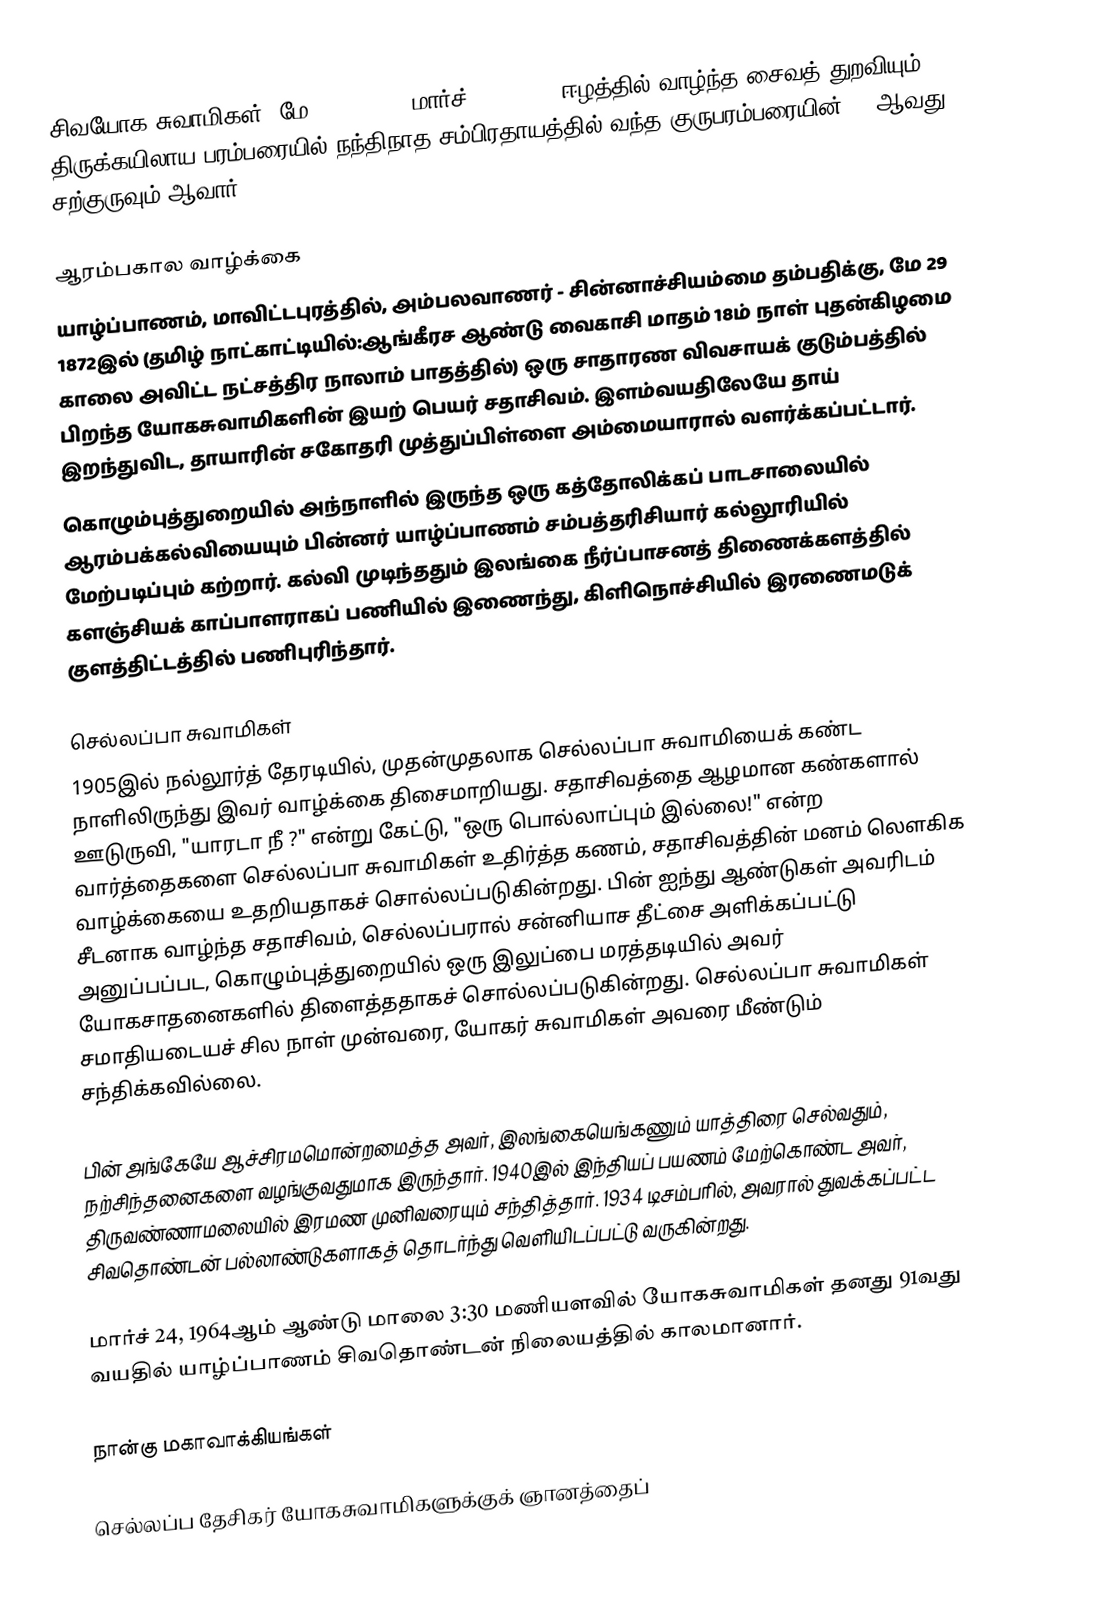
சிவயோக சுவாமிகள்  (மே 29, 1872 – மார்ச் 24, 1964) ஈழத்தில் வாழ்ந்த சைவத் துறவியும்  திருக்கயிலாய பரம்பரையில் நந்திநாத சம்பிரதாயத்தில் வந்த குருபரம்பரையின் 161ஆவது சற்குருவும் ஆவார்.

ஆரம்பகால வாழ்க்கை
யாழ்ப்பாணம், மாவிட்டபுரத்தில், அம்பலவாணர் - சின்னாச்சியம்மை தம்பதிக்கு, மே 29 1872இல் (தமிழ் நாட்காட்டியில்:ஆங்கீரச ஆண்டு வைகாசி மாதம் 18ம் நாள் புதன்கிழமை காலை அவிட்ட நட்சத்திர நாலாம் பாதத்தில்)  ஒரு சாதாரண விவசாயக் குடும்பத்தில் பிறந்த யோகசுவாமிகளின் இயற் பெயர் சதாசிவம். இளம்வயதிலேயே தாய் இறந்துவிட, தாயாரின் சகோதரி முத்துப்பிள்ளை அம்மையாரால் வளர்க்கப்பட்டார்.
கொழும்புத்துறையில் அந்நாளில் இருந்த ஒரு கத்தோலிக்கப் பாடசாலையில் ஆரம்பக்கல்வியையும் பின்னர் யாழ்ப்பாணம் சம்பத்தரிசியார் கல்லூரியில் மேற்படிப்பும் கற்றார். கல்வி முடிந்ததும் இலங்கை நீர்ப்பாசனத் திணைக்களத்தில் களஞ்சியக் காப்பாளராகப் பணியில் இணைந்து, கிளிநொச்சியில் இரணைமடுக் குளத்திட்டத்தில் பணிபுரிந்தார்.

செல்லப்பா சுவாமிகள்
1905இல் நல்லூர்த் தேரடியில், முதன்முதலாக செல்லப்பா சுவாமியைக் கண்ட நாளிலிருந்து இவர் வாழ்க்கை திசைமாறியது. சதாசிவத்தை ஆழமான கண்களால் ஊடுருவி, "யாரடா நீ ?" என்று கேட்டு,  "ஒரு பொல்லாப்பும் இல்லை!" என்ற வார்த்தைகளை செல்லப்பா சுவாமிகள் உதிர்த்த கணம், சதாசிவத்தின் மனம் லௌகிக வாழ்க்கையை உதறியதாகச் சொல்லப்படுகின்றது. பின் ஐந்து ஆண்டுகள் அவரிடம் சீடனாக வாழ்ந்த சதாசிவம், செல்லப்பரால் சன்னியாச தீட்சை அளிக்கப்பட்டு அனுப்பப்பட, கொழும்புத்துறையில்  ஒரு இலுப்பை மரத்தடியில் அவர்  யோகசாதனைகளில் திளைத்ததாகச் சொல்லப்படுகின்றது. செல்லப்பா சுவாமிகள் சமாதியடையச் சில நாள் முன்வரை, யோகர் சுவாமிகள் அவரை மீண்டும் சந்திக்கவில்லை.

பின் அங்கேயே ஆச்சிரமமொன்றமைத்த அவர், இலங்கையெங்கணும் யாத்திரை செல்வதும், நற்சிந்தனைகளை வழங்குவதுமாக இருந்தார். 1940இல் இந்தியப் பயணம் மேற்கொண்ட அவர், திருவண்ணாமலையில் இரமண முனிவரையும் சந்தித்தார். 1934 டிசம்பரில், அவரால் துவக்கப்பட்ட  சிவதொண்டன் பல்லாண்டுகளாகத் தொடர்ந்து வெளியிடப்பட்டு வருகின்றது.

மார்ச் 24, 1964ஆம் ஆண்டு மாலை 3:30 மணியளவில் யோகசுவாமிகள் தனது 91வது வயதில் யாழ்ப்பாணம் சிவதொண்டன் நிலையத்தில் காலமானார்.

நான்கு மகாவாக்கியங்கள்

செல்லப்ப தேசிகர் யோகசுவாமிகளுக்குக் ஞானத்தைப்